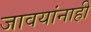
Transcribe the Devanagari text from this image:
जावयांनाही